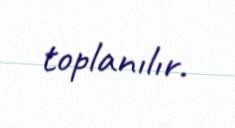
toplanılır.